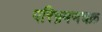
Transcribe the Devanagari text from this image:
परिभ्रमणचक्र